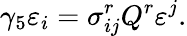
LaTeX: \gamma_{5}\varepsilon_{i}=\sigma_{ij}^{r}Q^{r}\varepsilon^{j}.